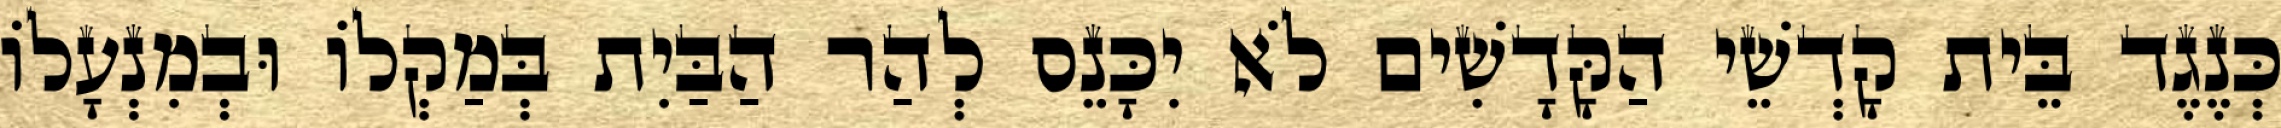
כְּנֶגֶד בֵּית קָדְשֵׁי הַקָּדָשִׁים לֹא יִכָּנֵס לְהַר הַבַּיִת בְּמַקְלוֹ וּבְמִנְעָלוֹ